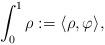
LaTeX: \begin{align*} \int_0^1 \rho := \langle \rho, \varphi \rangle, \end{align*}